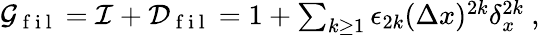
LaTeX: \begin{array}{r}{\mathcal{G}_{\mathrm{~f~i~l~}}=\mathcal{I}+\mathcal{D}_{\mathrm{~f~i~l~}}=1+\sum_{k\geq 1}\epsilon_{2k}(\Delta x)^{2k}\delta_{x}^{2k}\ ,}\end{array}